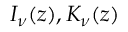
I _ { \nu } ( z ) , K _ { \nu } ( z )